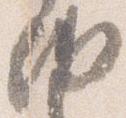
納